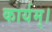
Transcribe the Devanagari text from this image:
कार्यम्।